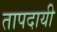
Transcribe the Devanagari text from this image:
तापदायी